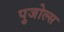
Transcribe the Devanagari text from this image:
पुजोल्स